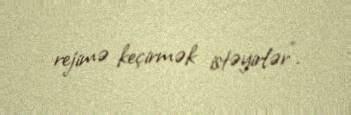
rejimə keçirmək istəyirlər”.